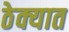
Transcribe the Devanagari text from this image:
ठेक्यात